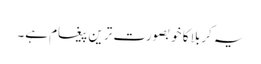
یہ کربلا کا خوبصورت ترین پیغام ہے۔